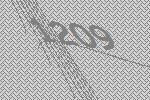
1209